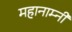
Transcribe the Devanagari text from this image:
महानाम्नी